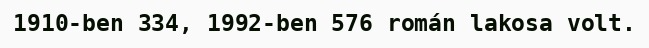
1910-ben 334, 1992-ben 576 román lakosa volt.